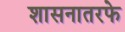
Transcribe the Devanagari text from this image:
शासनातरफे